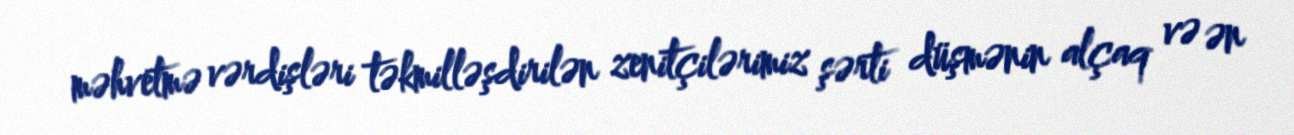
məhvetmə vərdişləri təkmilləşdirilən zenitçilərimiz şərti düşmənin alçaq və ən